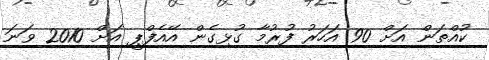
ކުއްތަން އަށް 90 އަހަރު ފުރުމާ ގުޅިގެން އޭއެފްޕީ އަށް 2010 ވަނަ